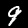
Digit: 9